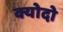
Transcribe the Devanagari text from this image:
क्योदो